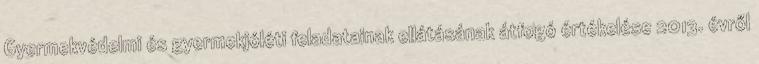
Gyermekvédelmi és gyermekjóléti feladatainak ellátásának átfogó értékelése 2013. évről